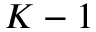
K - 1